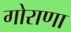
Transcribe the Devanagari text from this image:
गोराणा